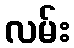
လမ်း